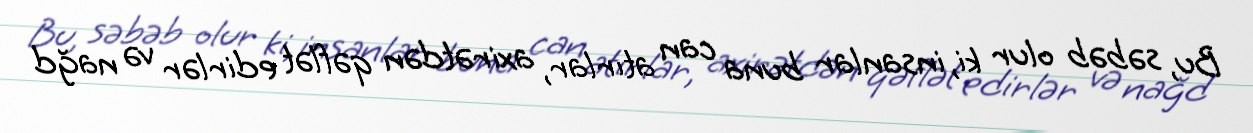
Bu, səbəb olur ki, insanlar buna can atırlar, axirətdən qəflət edirlər və nağd